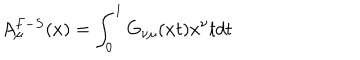
LaTeX: A _ { \mu } ^ { F - S } ( x ) = \int _ { 0 } ^ { 1 } G _ { \nu \mu } ( x t ) x ^ { \nu } t d t